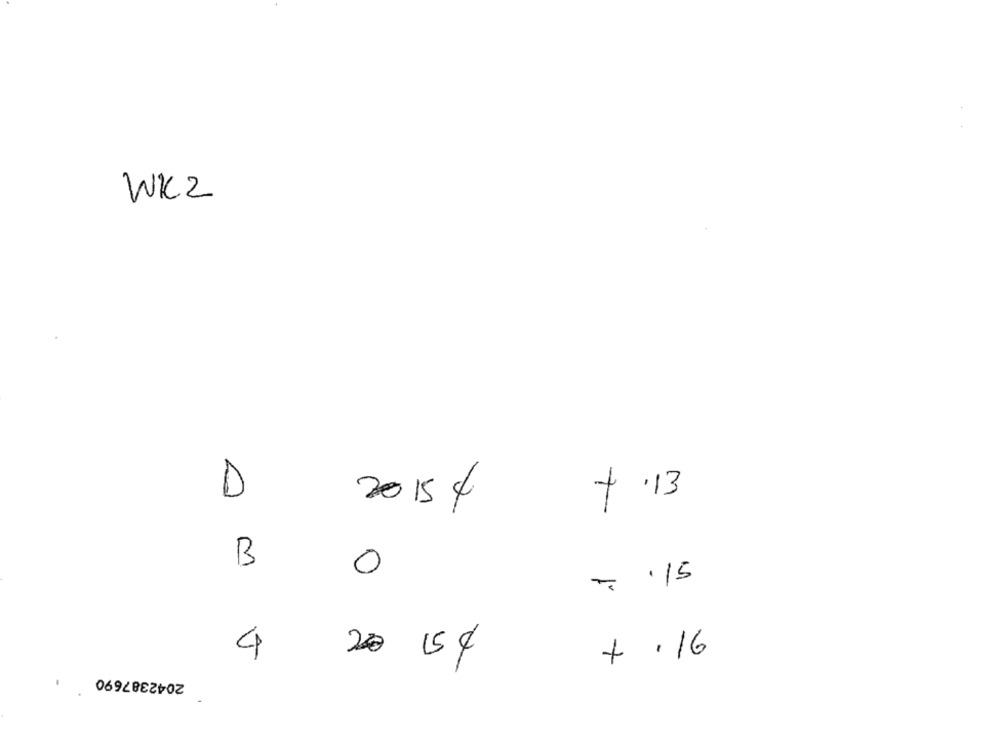
WK2
D
7.13
20154
B
0
= '/5
4
7 .16
20 154
2042387690